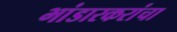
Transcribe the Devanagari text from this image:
भांडारकरांचा